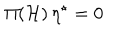
\Pi ( { \mathcal { H } } ) \, \eta ^ { \star } = 0